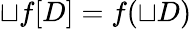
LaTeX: \sqcup f[D]=f(\sqcup D)